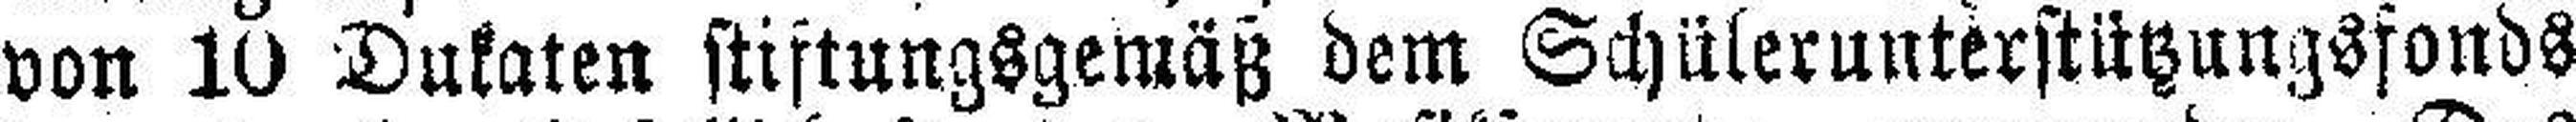
von 10 Dukaten stiftungsgemäß dem Schülerunterstützungsfonds